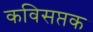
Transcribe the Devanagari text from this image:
कविसप्तक